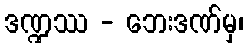
ဒဏ္ဍဿ - ဘေးဒဏ်မှ၊